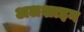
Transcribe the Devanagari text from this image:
अलशाइन